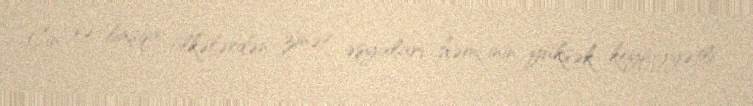
Çin və başqa ölkələrdən zinət əşyaları, həmçinin yüksək keyfiyyətli